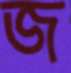
জ